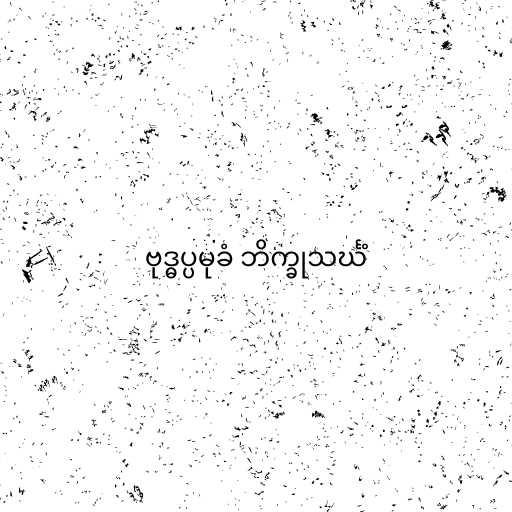
ဗုဒ္ဓပ္ပမုခံ ဘိက္ခုသင်္ဃံ